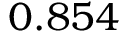
0 . 8 5 4